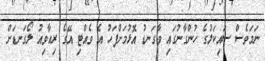
ނަމަވެސް ސައިކަލުގެ ހުންގާނުގައި ވާގަނޑު އޮޅުމަށްފަހު އެ ވެއްޓި އޭގެ ރިއާވިއު ލޯގަނޑަށް